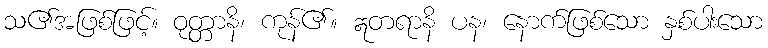
သ၏အဖြစ်ဖြင့်။ ဝုတ္တာနိ၊ ကုန်၏။ ဣတရာနိ ပန၊ နောက်ဖြစ်သော နှစ်ပါးသော